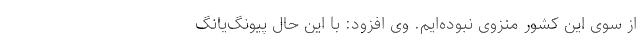
از سوی این کشور منزوی نبوده‌ایم. وی افزود: با این حال پیونگ‌یانگ